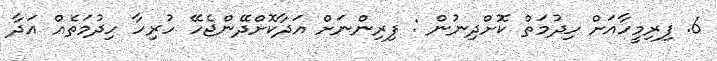
6. ފިރިމީހާއަށް ހިދުމަތް ކޮށްދިނުން : ފިރިންނަށް އަދާކޮށްދޭންޖެހޭ ހުރިހާ ހިދުމަތެއް އަދާ